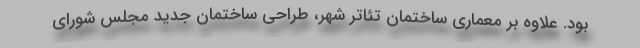
بود. علاوه بر معماری ساختمان تئاتر شهر،‌ طراحی ساختمان جدید مجلس شورای